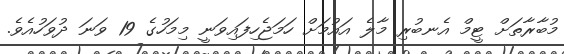
މުބާރާތަށް ޓީމް އެނބުރި މާލެ އައުމަށް ހަމަޖެހިފައިވަނީ މިމަހުގެ 19 ވަނަ ދުވަހުއެވެ.